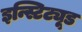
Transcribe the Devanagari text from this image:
इन्स्टिट्यूड